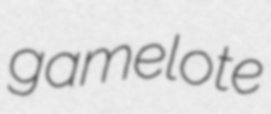
gamelote